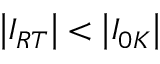
\left\vert I _ { R T } \right\vert < \left\vert I _ { 0 K } \right\vert